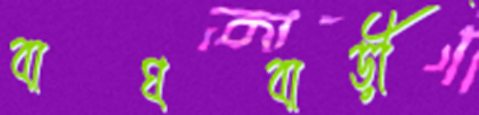
বাঘবাড়ী